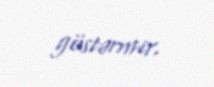
göstərmir.